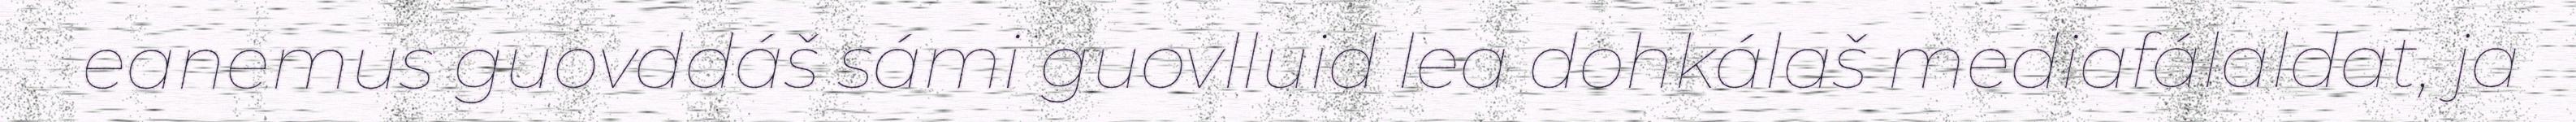
eanemus guovddáš sámi guovlluid lea dohkálaš mediafálaldat, ja